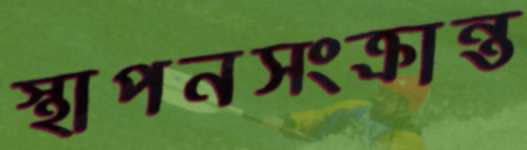
স্থাপনসংক্রান্ত